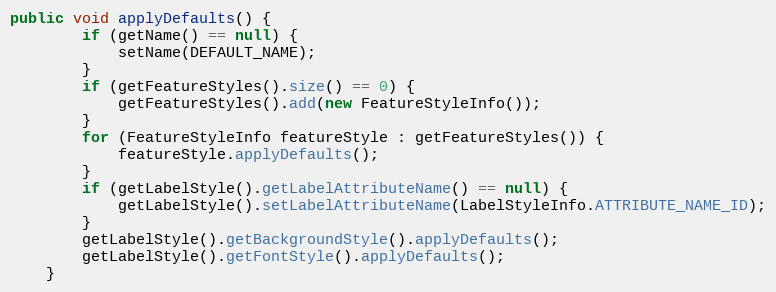
Language: Java
public void applyDefaults() {
		if (getName() == null) {
			setName(DEFAULT_NAME);
		}
		if (getFeatureStyles().size() == 0) {
			getFeatureStyles().add(new FeatureStyleInfo());
		}
		for (FeatureStyleInfo featureStyle : getFeatureStyles()) {
			featureStyle.applyDefaults();
		}
		if (getLabelStyle().getLabelAttributeName() == null) {
			getLabelStyle().setLabelAttributeName(LabelStyleInfo.ATTRIBUTE_NAME_ID);
		}
		getLabelStyle().getBackgroundStyle().applyDefaults();
		getLabelStyle().getFontStyle().applyDefaults();
	}